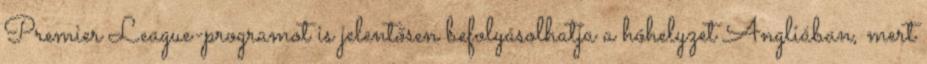
Premier League-programot is jelentősen befolyásolhatja a hóhelyzet Angliában, mert